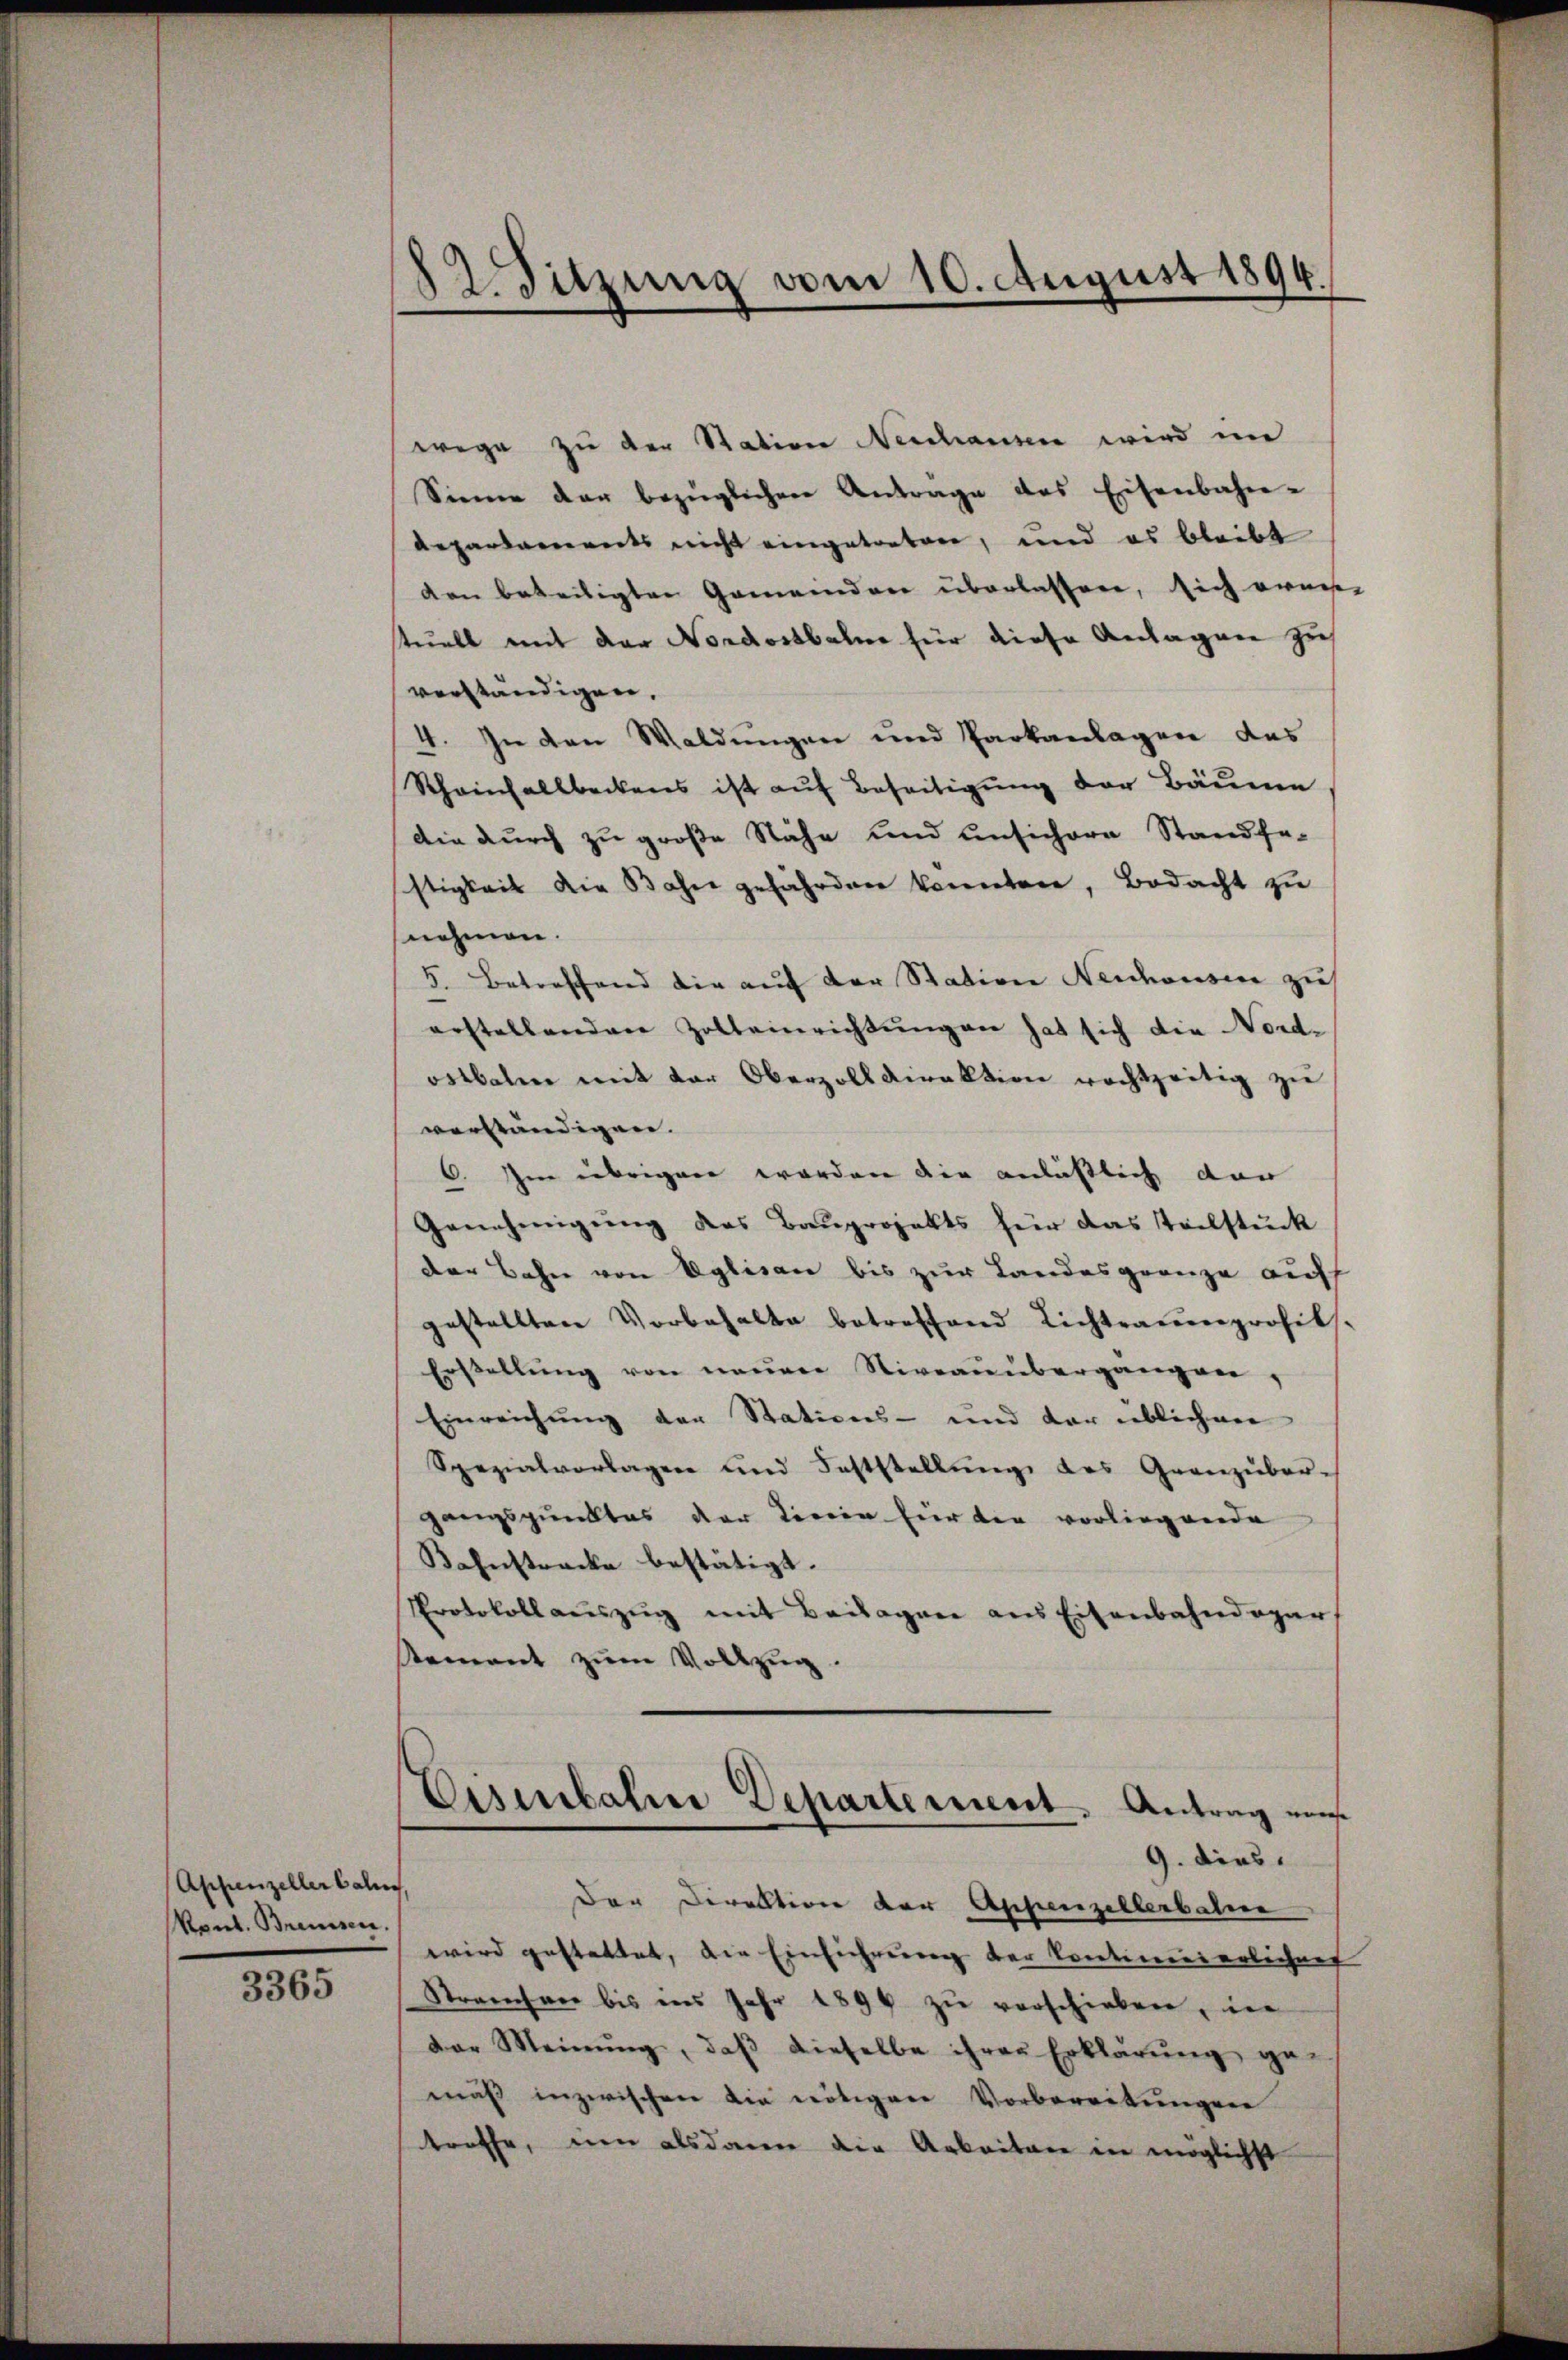
Appenzeller Calien,
Vond. Brennen,

3365

82. Sitzung vom 10. August 1894.

wege zu der Station Neschausen wird im
Sinne der bezüglichen Antrage des Eisenbahn-
Repartarereits nicht eingetreten, und es bleibt
den beteiligten Gemeinden überlassen, sich ernes
stuell mit der Nordostbahne für diese Anlagen zu
verständigen.
4. In den Waldungen und Parkanlagen das
Rheinhallbeckens ist aŭf Beseitigung der Bäume
Die durch zu große Nähe und unsichere Stand fe-
stigkeit die Bahre gefährden konnten, Bedacht zu
nehmen.
5. Betreffend die auf der Station Neuhausen zu
erstellenden Zolleinrichtungen hat sich die Nord-
ostbahn mit der Oberzolldirektion rechtzeitig zu
vorständigen.
6. Im übrigen worden die anläßlich dar
Genehmigung des Bauprojekts für das Teilstück
der Bahn von Eglisau bis zur Landesgrenze auf
gestellten Vorbehalte betreffend Lichtraŭenprofil
Erstellung von neuere Niveaunbergangen,
Einreichung der Stations- und der üblichen
Spezialvorlagen und Feststellŭng des Granzüber-
gangspunktes der Linien hierten vorliegende
Kahnstrecke bestätigt.
Protokollaŭszŭg mit Beilagen aus Eisenbahndoger
Rement zŭm Vollzŭg.
Eisenbahne Departement. Antrag mus
9. dies
Der Direktion der Appenzelberbature
wird gestattet, die Einführung der Conticreserlichung
Stranchere bis aus Jahr 1890 zu verschieben, in
Dar Meinŭng, daβ dieselbe ihrer Erklärŭng gemäβ inzwischen die nötigen Vorbereitungen
troffe, um alsdann die Arbeiten in möglichst